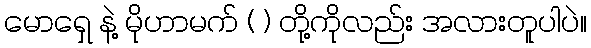
မောရှေ နဲ့ မိုဟာမက် ( ) တို့ကိုလည်း အလားတူပါပဲ။